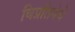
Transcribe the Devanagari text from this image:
विप्रतिषेधे